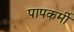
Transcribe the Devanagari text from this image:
पापकर्मी